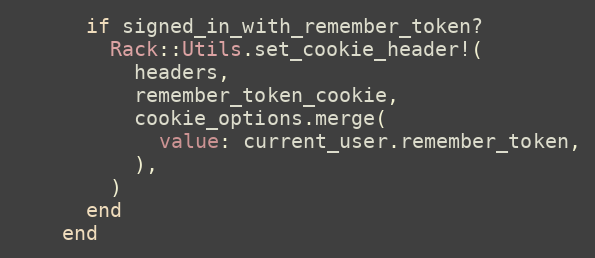
Language: Ruby
      if signed_in_with_remember_token?
        Rack::Utils.set_cookie_header!(
          headers,
          remember_token_cookie,
          cookie_options.merge(
            value: current_user.remember_token,
          ),
        )
      end
    end